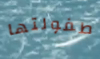
طفولتها